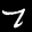
Label: 7